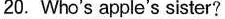
20. Who's apple's sister?